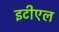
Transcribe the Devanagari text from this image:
इटीएल